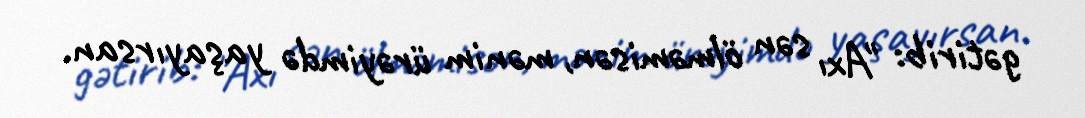
gətirib: "Axı sən ölməmisən, mənim ürəyimdə yaşayırsan.